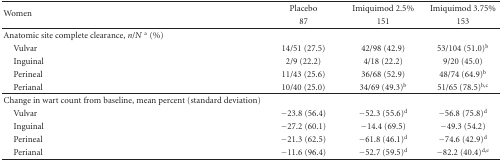
<table><thead><tr><td rowspan="2"><b>Women</b></td><td><b>Placebo</b></td><td><b>Imiquimod 2.5%</b></td><td><b>Imiquimod 3.75%</b></td></tr><tr><td><b>87</b></td><td><b>151</b></td><td><b>153</b></td></tr></thead><tbody><tr><td>Anatomic site complete clearance, <i>n</i>/<i>N </i><sup>a</sup> (%)</td><td></td><td></td><td></td></tr><tr><td> Vulvar</td><td>14/51 (27.5)</td><td>42/98 (42.9)</td><td>53/104 (51.0)<sup>b</sup></td></tr><tr><td> Inguinal</td><td>2/9 (22.2)</td><td>4/18 (22.2)</td><td>9/20 (45.0)</td></tr><tr><td> Perineal</td><td>11/43 (25.6)</td><td>36/68 (52.9)</td><td>48/74 (64.9)<sup>b</sup></td></tr><tr><td> Perianal</td><td>10/40 (25.0)</td><td>34/69 (49.3)<sup>b</sup></td><td>51/65 (78.5)<sup>b,c</sup></td></tr><tr><td>Change in wart count from baseline, mean percent (standard deviation)</td><td></td><td></td><td></td></tr><tr><td> Vulvar</td><td>−23.8 (56.4)</td><td>−52.3 (55.6)<sup>d</sup></td><td>−56.8 (75.8)<sup>d</sup></td></tr><tr><td> Inguinal</td><td>−27.2 (60.1)</td><td>−14.4 (69.5)</td><td>−49.3 (54.2)</td></tr><tr><td> Perineal</td><td>−21.3 (62.5)</td><td>−61.8 (46.1)<sup>d</sup></td><td>−74.6 (42.9)<sup>d</sup></td></tr><tr><td> Perianal</td><td>−11.6 (96.4)</td><td>−52.7 (59.5)<sup>d</sup></td><td>−82.2 (40.4)<sup>d,e</sup></td></tr></tbody></table>